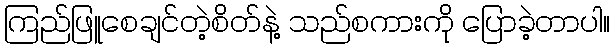
ကြည်ဖြူစေချင်တဲ့စိတ်နဲ့ သည်စကားကို ပြောခဲ့တာပါ။